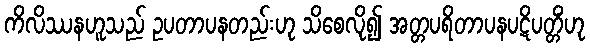
ကိလိဿနဟူသည် ဥပတာပနတည်းဟု သိစေလို၍ အတ္တပရိတာပနပဋိပတ္တိံဟု